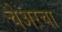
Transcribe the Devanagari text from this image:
चेअरचा